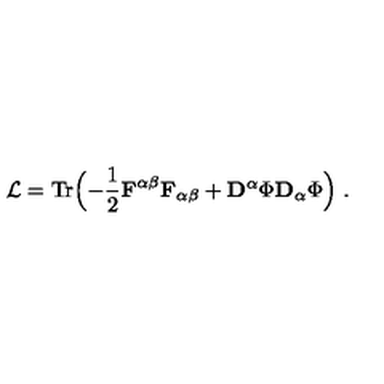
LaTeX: { \cal L } = \mathrm { T r } \Bigl ( - { \frac { 1 } { 2 } } { \bf F } ^ { \alpha \beta } { \bf F } _ { \alpha \beta } + { \bf D } ^ { \alpha } \Phi { \bf D } _ { \alpha } \Phi \Bigr ) \ .